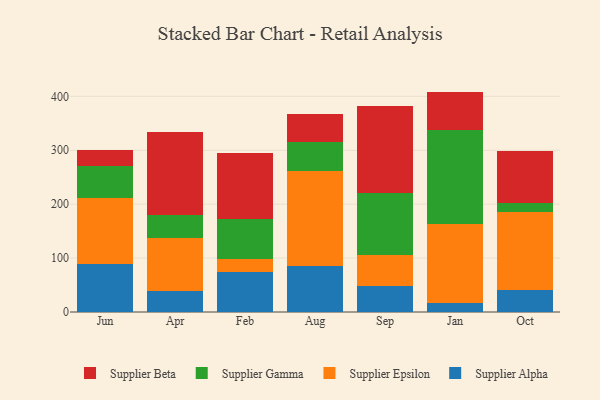
{"axis": {"x": "Month", "y": "Production Output"}, "legend": ["Supplier Alpha", "Supplier Beta", "Supplier Epsilon", "Supplier Gamma"], "data": [{"x": "Jun", "y": 89.3, "type": "Supplier Alpha"}, {"x": "Jun", "y": 122.3, "type": "Supplier Epsilon"}, {"x": "Jun", "y": 58.5, "type": "Supplier Gamma"}, {"x": "Jun", "y": 29.8, "type": "Supplier Beta"}, {"x": "Apr", "y": 39.1, "type": "Supplier Alpha"}, {"x": "Apr", "y": 97.5, "type": "Supplier Epsilon"}, {"x": "Apr", "y": 43.5, "type": "Supplier Gamma"}, {"x": "Apr", "y": 153.5, "type": "Supplier Beta"}, {"x": "Feb", "y": 74.1, "type": "Supplier Alpha"}, {"x": "Feb", "y": 24.9, "type": "Supplier Epsilon"}, {"x": "Feb", "y": 72.6, "type": "Supplier Gamma"}, {"x": "Feb", "y": 122.5, "type": "Supplier Beta"}, {"x": "Aug", "y": 84.6, "type": "Supplier Alpha"}, {"x": "Aug", "y": 176.1, "type": "Supplier Epsilon"}, {"x": "Aug", "y": 53.8, "type": "Supplier Gamma"}, {"x": "Aug", "y": 52.7, "type": "Supplier Beta"}, {"x": "Sep", "y": 48.1, "type": "Supplier Alpha"}, {"x": "Sep", "y": 57.4, "type": "Supplier Epsilon"}, {"x": "Sep", "y": 115.9, "type": "Supplier Gamma"}, {"x": "Sep", "y": 160.1, "type": "Supplier Beta"}, {"x": "Jan", "y": 16.3, "type": "Supplier Alpha"}, {"x": "Jan", "y": 147.1, "type": "Supplier Epsilon"}, {"x": "Jan", "y": 175.0, "type": "Supplier Gamma"}, {"x": "Jan", "y": 70.4, "type": "Supplier Beta"}, {"x": "Oct", "y": 41.3, "type": "Supplier Alpha"}, {"x": "Oct", "y": 143.4, "type": "Supplier Epsilon"}, {"x": "Oct", "y": 17.0, "type": "Supplier Gamma"}, {"x": "Oct", "y": 96.6, "type": "Supplier Beta"}]}